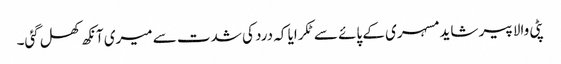
پٹی والا پیر شاید مسہری کے پائے سے ٹکرایا کہ درد کی شدت سے میری آنکھ کھل گئی۔